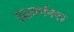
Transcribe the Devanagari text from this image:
युद्धवर्णनपर